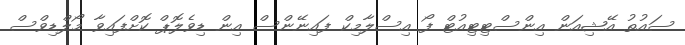
ސައުތު އޭޝިއަން އިންސްޓިޓިއުޓް ފޯ އިސްލާމިކް ފައިނޭންސް އިން ޑިވެލޮޕް ކޮށްފައިވާ މޯލްޑިވްސް